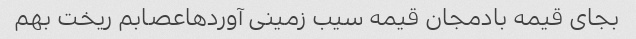
بجای قیمه بادمجان قیمه سیب زمینی آوردهاعصابم ریخت بهم